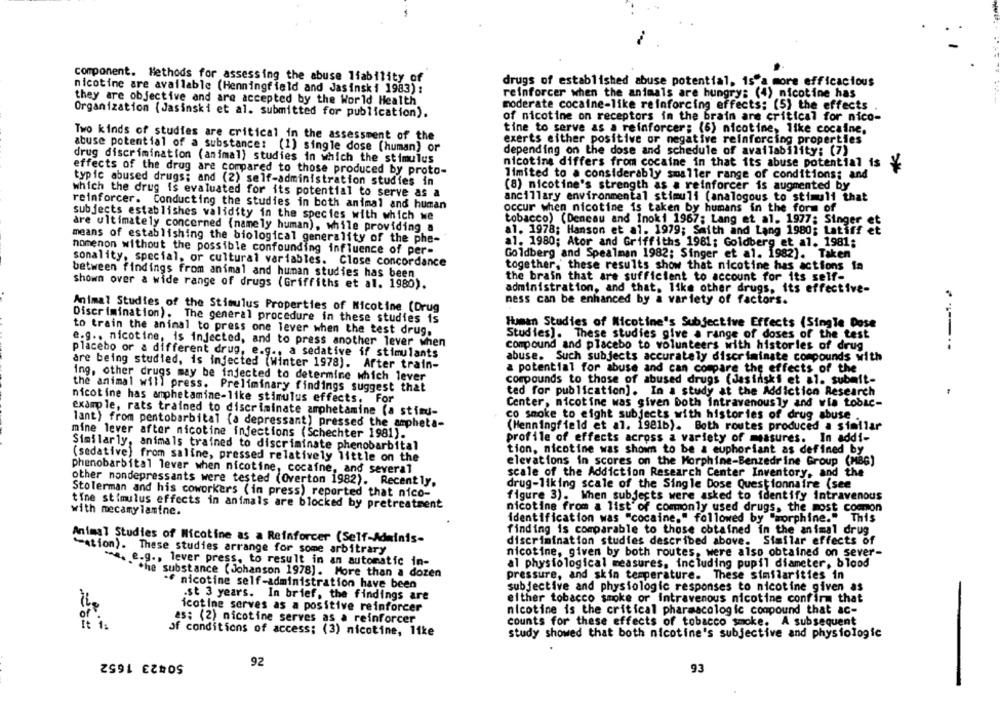
component. Methods for assessing the abuse liability of
drugs of established abuse potential, 1s"a more efficacious
nicotine are available (Henningfield and Jasinski 1983) :
reinforcer when the animals are hungry: (4) nicotine has
they are objective and are accepted by the World Health
moderate cocaine-like reinforcing effects: (5) the effects
Organization (Jasinski et al. submitted for publication).
of nicotine on receptors in the brain are critical for nico-
tine to serve as a reinforcer; (6) nicotine, like cocaine.
Two kinds of studies are critical in the assessment of the
exerts either positive or negative reinforcing properties
abuse potential of a substance: (1) single dose (human) or
depending on the dose and schedule of availability: (7)
drug discrimination (animal) studies in which the stimulus
nicotine differs from cocaine in that its abuse potential is
effects of the drug are compared to those produced by proto-
limited to a considerably smaller range of conditions; and
typic abused drugs; and (2) self-administration studies in
(8) nicotine's strength as a reinforcer is augmented by
which the drug is evaluated for its potential to serve as a
ancillary environmental stimuli (analogous to stimuli that
reinforcer. Conducting the studies in both animal and human
occur when nicotine is taken by humans in the form of
subjects establishes validity in the species with which we
tobacco) (Deneau and Inoki 1967; Lang et al. 1977: Singer et
are ultimately concerned (namely human), while providing a
al. 1978; Hanson et al. 1979; Saith and Lang 1980; Latiff et
means of establishing the biological generality of the phe-
al. 1980; Ator and Griffiths 1981; Goldberg et al. 1981;
nomenon without the possible confounding influence of per-
Goldberg and Spealman 1982; Singer et al. 1982). Taken
sonality, special, or cultural variables. Close concordance
together, these results show that nicotine has actions ia
between findings from animal and human studies has been
the brain that are sufficient to account for its self-
shown over a wide range of drugs (Griffiths et al. 1980).
administration, and that, like other drugs, its effective-
ness can be enhanced by a variety of factors.
Animal Studies of the Stimulus Properties of Nicotine (Drug
Discrimination). The general procedure in these studies is
Human Studies of Nicotine's Subjective Effects (Single Dose
to train the animal to press one lever when the test drug.
Studies]. These studies give a range of doses of the test
e.g .. nicotine, is injected, and to press another lever when
compound and placebo to volunteers with historles of drug
placebo or a different drug, e.g ., a sedative if stimulants
abuse. Such subjects accurately discriminate compounds with
are being studied, is injected (Winter 1978). After train-
a potential for abuse and can compare the effects of the
ing, other drugs may be injected to determine which lever
compounds to those of abused drugs (Jasinski et al. submit-
the animal will press. Preliminary findings suggest that
ted for publication]. In a study at the Addiction Research
nicotine has amphetamine-like stimulus effects, For
Center, nicotine was given both intravenously and wis tobac-
example, rats trained to discriminate amphetamine (a stimu-
co smoke to eight subjects with histories of drug abuse
lant) from pentobarbital (a depressant) pressed the ampheta-
(Henningfield et al. 1981b). Both routes produced a similar
mine lever after nicotine injections (Schechter 1981).
profile of effects across a variety of measures. In addi-
Similarly, animals trained to discriminate phenobarbital
tion, nicotine was shown to be a euphoriant as defined by
(sedative) from saline, pressed relatively little on the
elevations in scores on the Morphine-Benzedrine Group (MBG)
phenobarbital lever when nicotine, cocaine, and several
scale of the Addiction Research Center Inventory, and the
other mondepressants were tested (Overton 1982). Recently,
drug-liking scale of the Single Dose Questionnaire (see
Stolerman and his coworkers (in press) reported that nico-
figure 3). When subjects were asked to identify intravenous
tine stimulus effects in animals are blocked by pretreatment
with mecamylamine.
nicotine from a list of commonly used drugs, the most common
identification was "cocaine," followed by "morphine." This
finding is comparable to those obtained in the animal drug
Animal Studies of Nicotine as a Reinforcer (Self-Adminis-
discrimination studies described above. Similar effects of
"ation). These studies arrange for some arbitrary
nicotine, given by both routes, were also obtained on sever-
*4, e.g ., lever press, to result in an automatic in-
al physiological measures, including pupil diameter, blood
the substance ( Johanson 1978]. More than a dozen
pressure, and skin temperature.
These similarities in
nicotine self-administration have been
subjective and physiologic responses to nicotine given as
.st 3 years. In brief, the findings are
either tobacco smoke or intravenous nicotine confirm that
icotine serves as a positive reinforcer
nicotine is the critical pharmacologic compound that ac-
ti.
as: (2) nicotine serves as a reinforcer
counts for these effects of tobacco smoke. A subsequent
of conditions of access; (3) nicotine, like
study showed that both nicotine's subjective and physiologic
50#23 1652
92
93